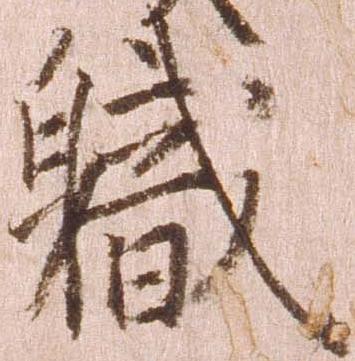
職